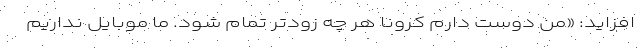
افزاید: «من دوست دارم کرونا هر چه زودتر تمام شود. ما موبایل نداریم